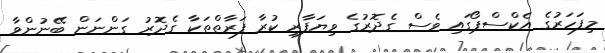
މިފަހަރުގެ އެކްސްޕޯގައި ވެސް ގެދޮރުގެ ވިޔަފާރި ކުރާ ފަރާތްތަކާ ގެދޮރު ގަންނަން ބޭނުންވާ